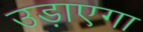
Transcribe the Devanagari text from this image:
उड़ाएगा